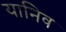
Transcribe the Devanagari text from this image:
यानिव